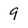
Character: 9